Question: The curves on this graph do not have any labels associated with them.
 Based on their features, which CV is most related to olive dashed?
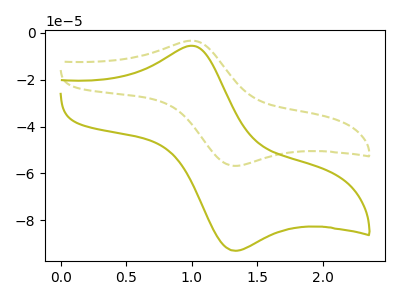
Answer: <think>The olive curve "olive" has an anodic peak at (1.00V, -5.60uA) and a cathodic peak at (1.30V, -92.95uA). The olive dashed curve "olive dashed" has an anodic peak at (1.00V, -3.45uA) and a cathodic peak at (1.30V, -56.80uA).
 All the peaks in "olive" have a peak in "olive dashed" at the same potential.</think>
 <answer>The CV with the most similar shape to "olive" is "olive dashed".</answer>
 <eval>"olive dashed"</eval>